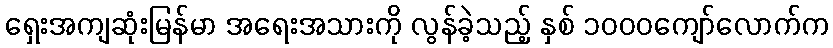
ရှေးအကျဆုံးမြန်မာ အရေးအသားကို လွန်ခဲ့သည့် နှစ် ၁၀၀၀ကျော်လောက်က